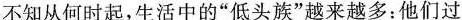
不知从何时起，生活中的”低头族”越来越多：他们过